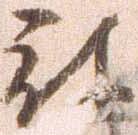
被